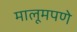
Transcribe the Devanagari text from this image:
मालूमपणे